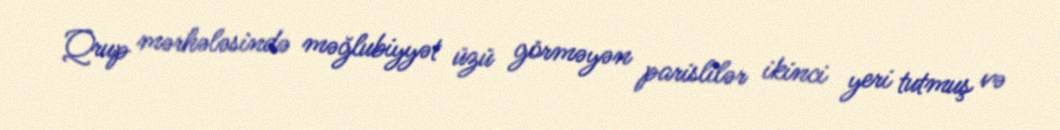
Qrup mərhələsində məğlubiyyət üzü görməyən parislilər ikinci yeri tutmuş və